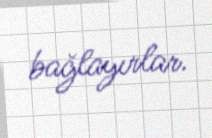
bağlayırlar.